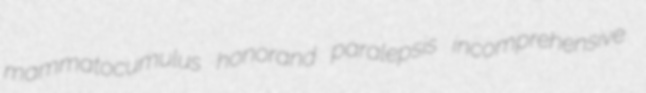
mammatocumulus honorand paralepsis incomprehensive